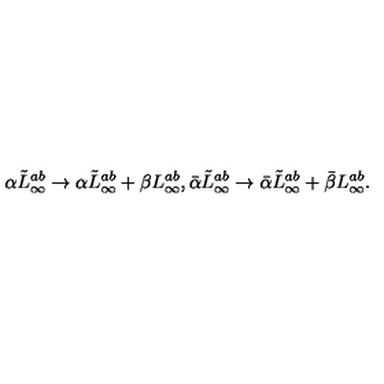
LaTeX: \alpha \tilde { L } _ { \infty } ^ { a b } \rightarrow \alpha \tilde { L } _ { \infty } ^ { a b } + \beta L _ { \infty } ^ { a b } , \bar { \alpha } \tilde { L } _ { \infty } ^ { a b } \rightarrow \bar { \alpha } \tilde { L } _ { \infty } ^ { a b } + \bar { \beta } L _ { \infty } ^ { a b } .